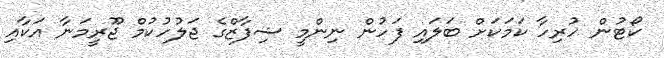
ކޯޓުން ހުރިހާ ކަމަކަށް ބަލައި ފަހުން ނިންމީ ޝިފާޒްގެ ޖަލުހުކުމް ޖޫރީމަނާ އަކާއި